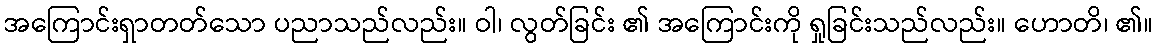
အကြောင်းရှာတတ်သော ပညာသည်လည်း။ ဝါ၊ လွတ်ခြင်း ၏ အကြောင်းကို ရှုခြင်းသည်လည်း။ ဟောတိ၊ ၏။